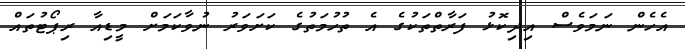
އެހެން ނަމަވެސް އިދިކޮޅު ފަރާތްތަކުގެ އެ ތުހުމަތުގެ ކަށަވަރު ނުވާކަމަށް މީޑިއާ ރިޕޯޓުތައް